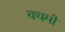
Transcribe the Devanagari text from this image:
क्यमों